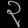
Digit: ၃